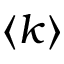
\langle k \rangle